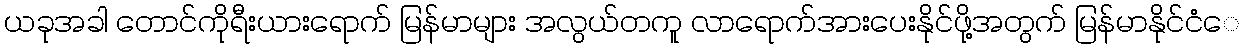
ယခုအခါ တောင်ကိုရီးယားရောက် မြန်မာများ အလွယ်တကူ လာရောက်အားပေးနိုင်ဖို့အတွက် မြန်မာနိုင်ငံေ